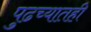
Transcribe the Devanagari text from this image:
पुढच्यातही